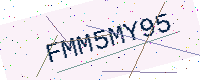
Text: FMM5MY95